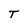
Character: T